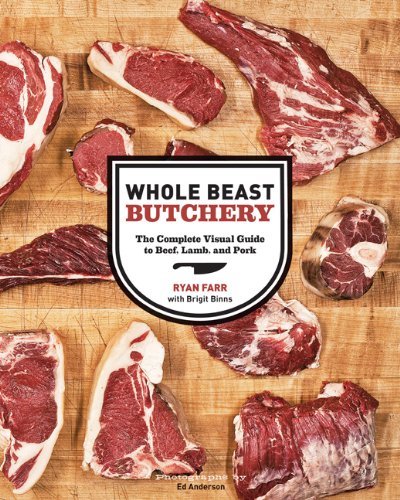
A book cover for Whole Beast Butchery: The Complete Visual Guide to Beef, Lamb, and Pork; Ryan Farr; Mystery, Thriller & Suspense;